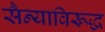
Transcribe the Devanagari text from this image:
सैन्याविरूद्ध